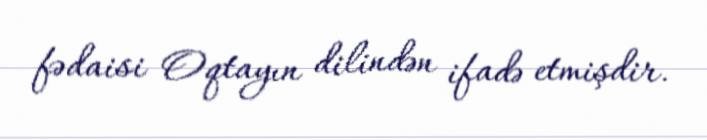
fədaisi Oqtayın dilindən ifadə etmişdir.